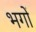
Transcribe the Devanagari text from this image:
भगों